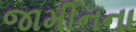
જામીનના